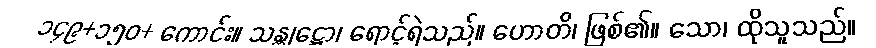
၁၄၉+၁၅၀+ ကောင်း။ သန္တုဋ္ဌော၊ ရောင့်ရဲသည်။ ဟောတိ၊ ဖြစ်၏။ သော၊ ထိုသူသည်။